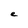
Character: e